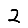
Digit: 2